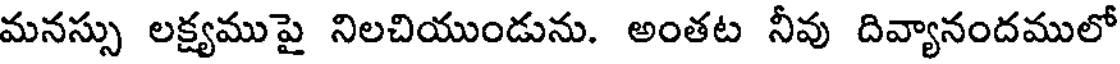
మనస్సు లక్ష్యముపై నిలచియుండును. అంతట నీవు దివ్యానందములో